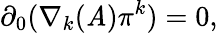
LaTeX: \partial_{0}(\nabla_{k}(\mathit{A})\pi^{k})=0,